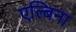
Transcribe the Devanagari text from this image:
एल्बिना